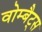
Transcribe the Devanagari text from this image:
वोम्बैट्स